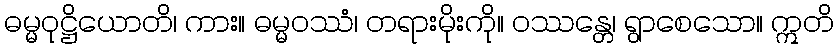
ဓမ္မဝုဋ္ဌိယောတိ၊ ကား။ ဓမ္မဝဿံ၊ တရားမိုးကို။ ဝဿန္တေ၊ ရွာစေသော။ ဣတိ